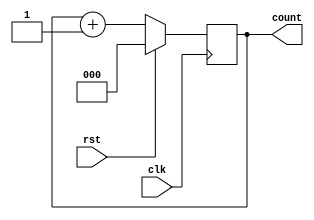
module upcount(clk, rst, count);
input clk, rst;
output reg [2:0] count;


always @(posedge clk) begin
if(rst==1) count<=0;
else count<=count+1;


end
endmodule